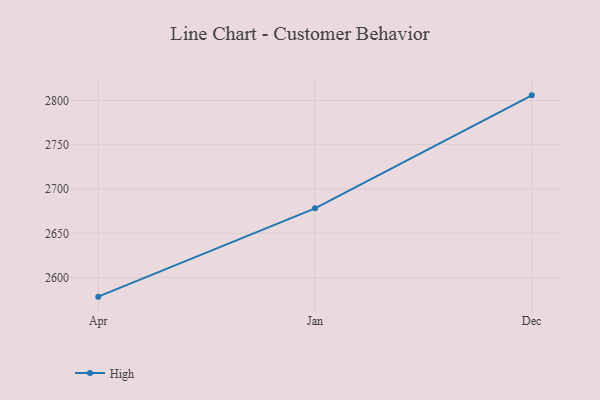
{"axis": {"x": "Month", "y": "Conversion Rate (%)"}, "legend": ["High"], "data": [{"x": "Apr", "y": 2578.5, "type": "High"}, {"x": "Jan", "y": 2678.2, "type": "High"}, {"x": "Dec", "y": 2805.7, "type": "High"}]}